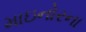
માઇનોરના